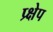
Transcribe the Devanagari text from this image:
प्र्क्षेप